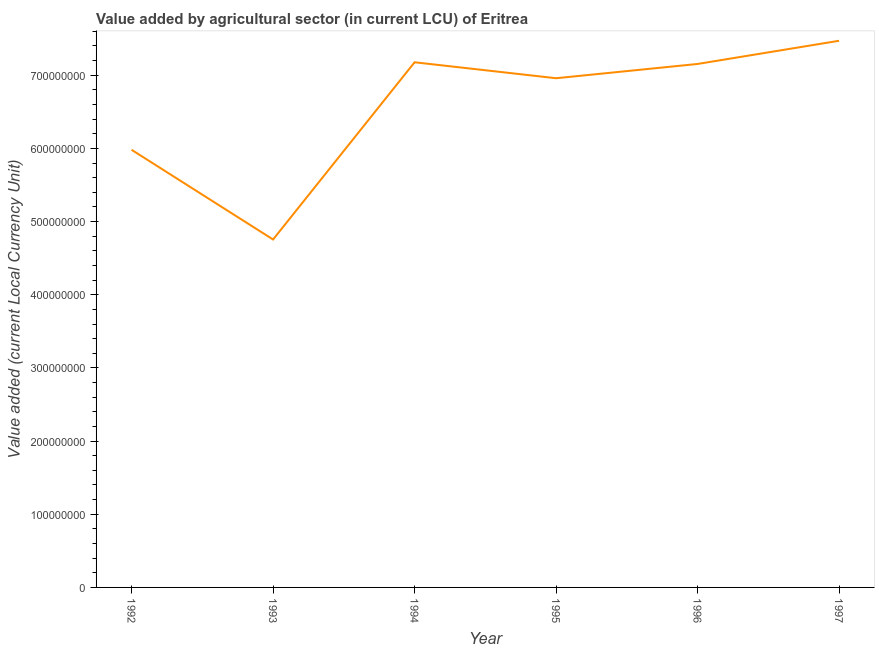
| Year | Agriculture |
 | --- | --- |
 | 1992 | 5.98e+08 |
 | 1993 | 4.76e+08 |
 | 1994 | 7.18e+08 |
 | 1995 | 6.96e+08 |
 | 1996 | 7.15e+08 |
 | 1997 | 7.47e+08 |